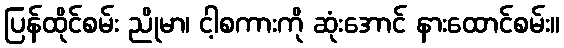
ပြန်ထိုင်စမ်း ညိုမာ၊ ငါ့စကားကို ဆုံးအောင် နားထောင်စမ်း။